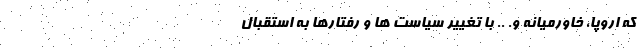
که اروپا‌، خاورمیانه و. .. با تغییر سیاست ها و رفتارها به استقبال